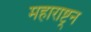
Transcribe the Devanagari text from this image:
महाराष्ट्रन